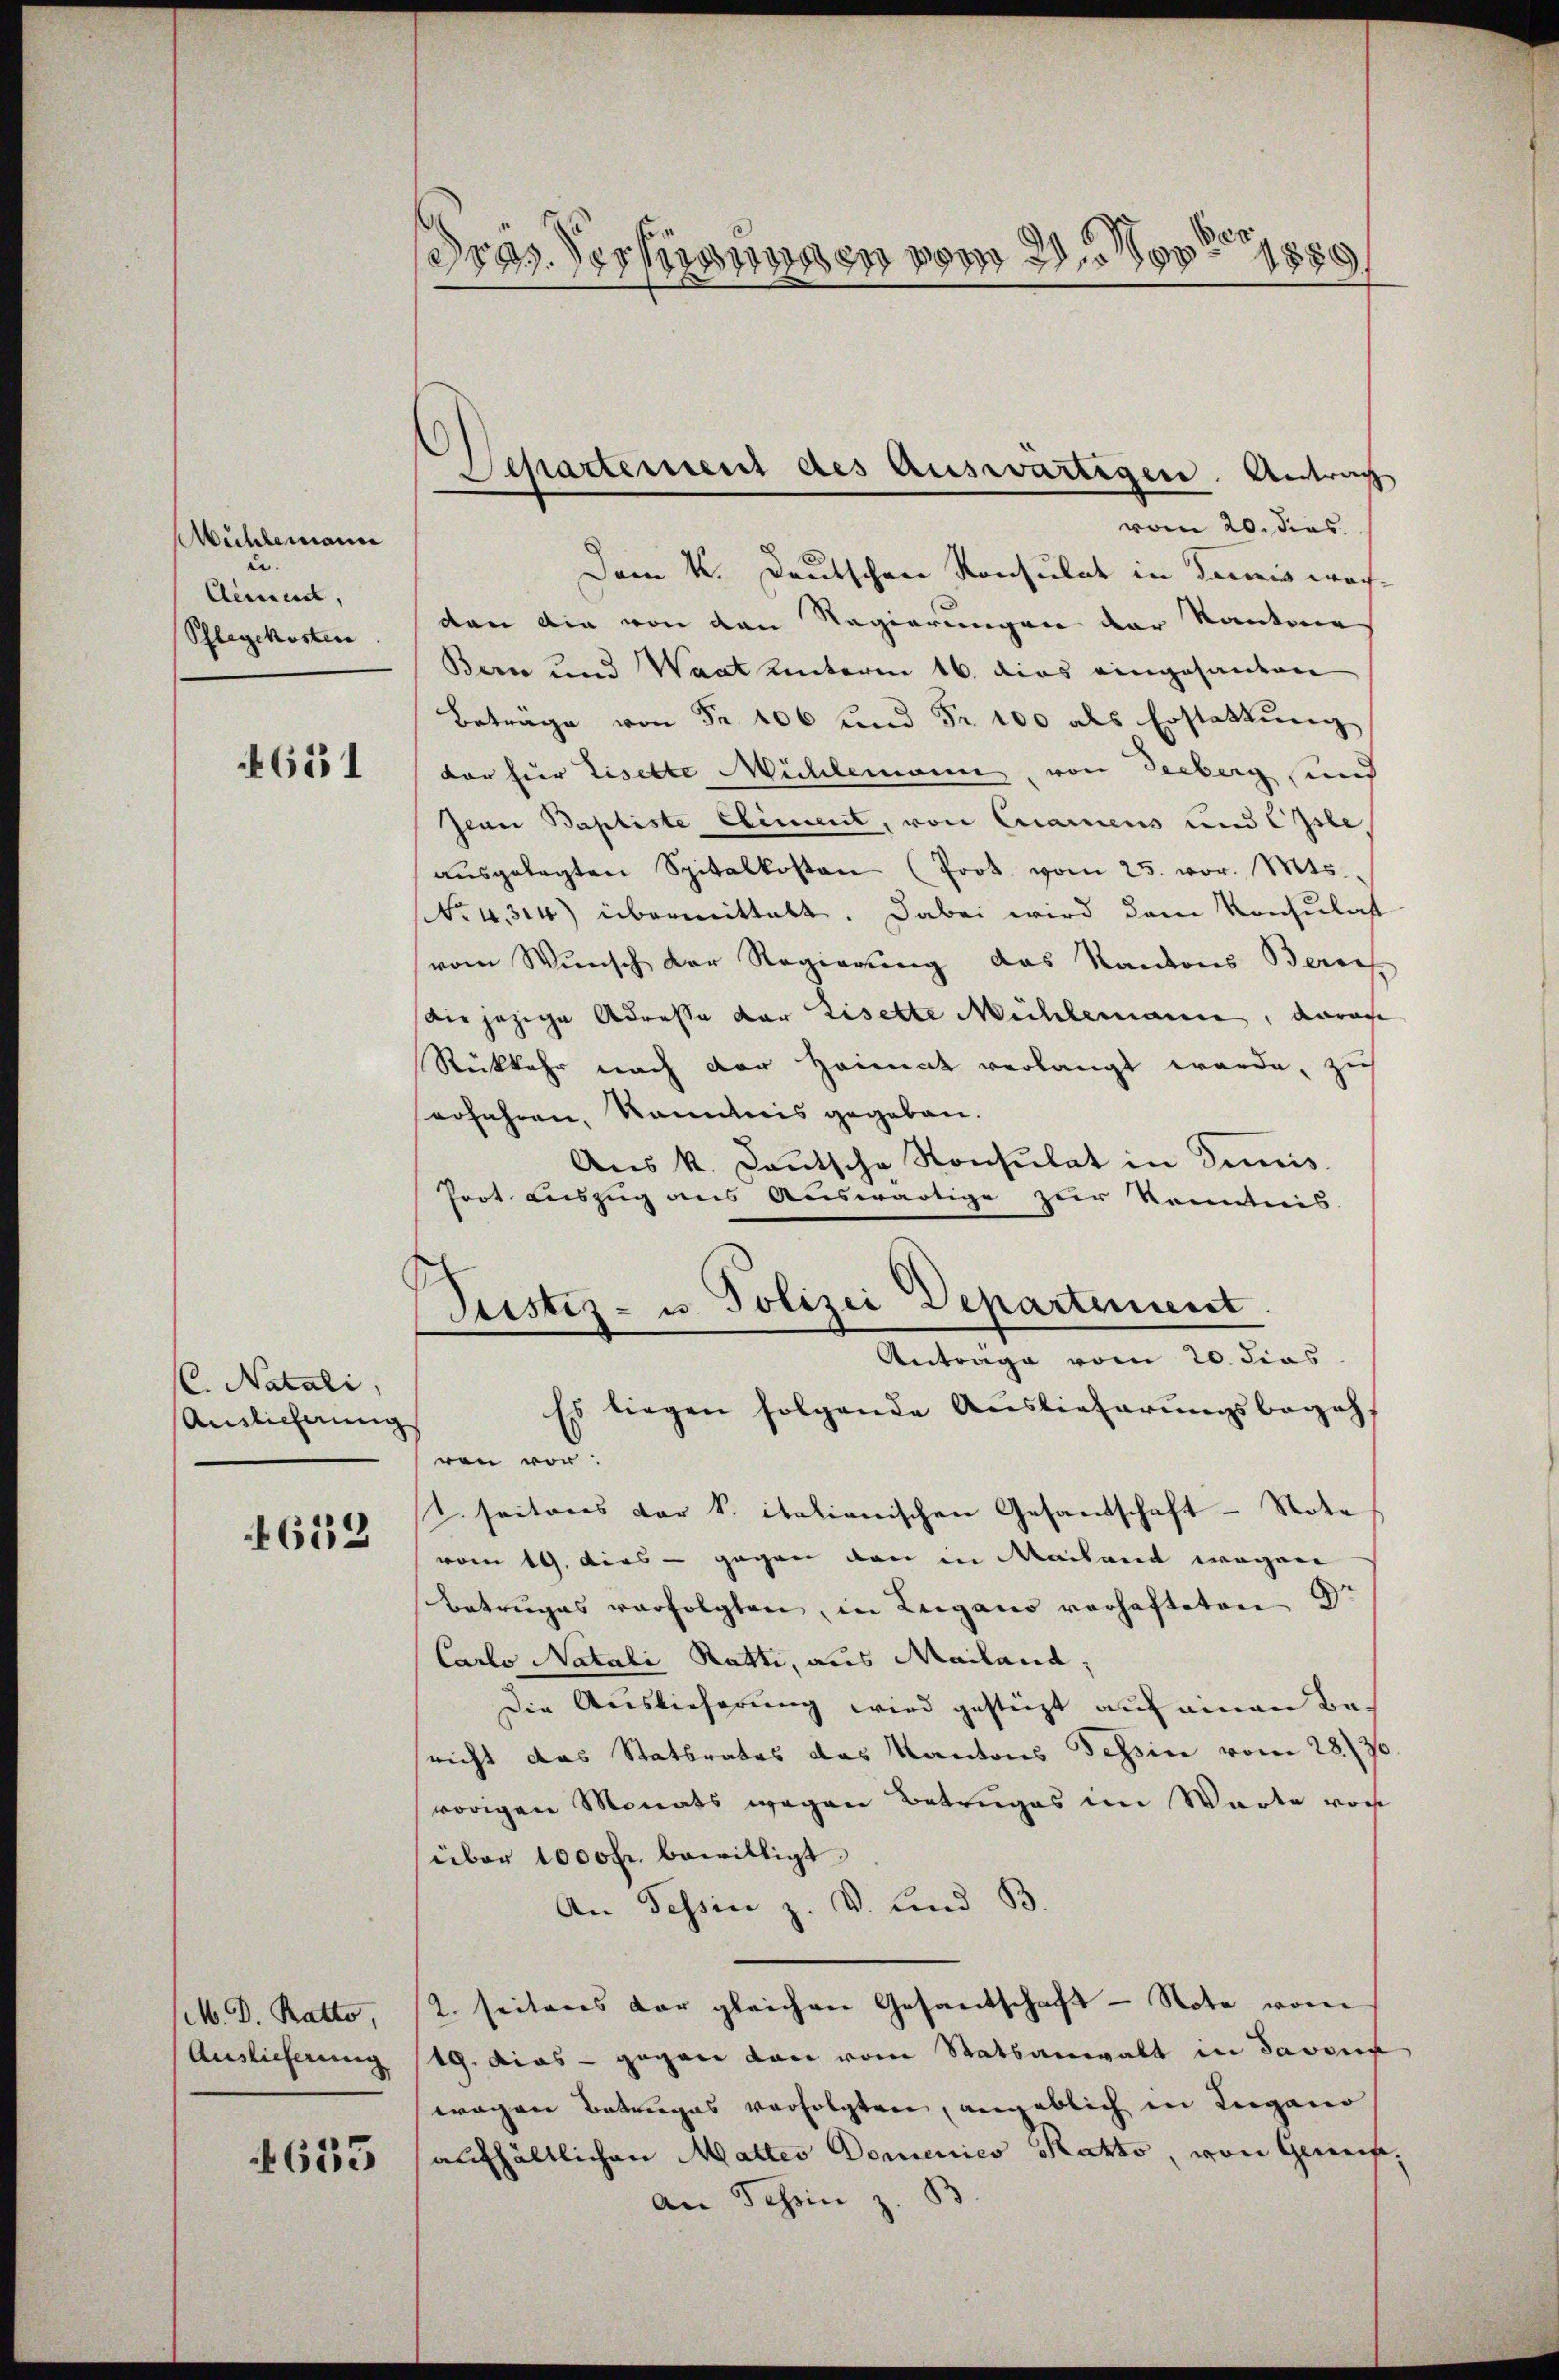
Mühlemann
 |
Cement,
Schlegekosten

651

C. Natali
Auslicherung

4623

M. D. Ratto,
Auslieferung

635

e
d
ras. Versiedenen vom 2. 1889

Separtement des Auswärtigen. Antrag

vom 20. dies
Dem K. Deutschen Konsulat in damit wachven die von den Regierungen der Kantone
Bern und Waat unterm 16. dies eingesanten
  Fr. 6 und Fr. 100 als Erstattung
dar für Liselte Mühlemann, von Seeberg, und
Jean Baptiste Element, von Cramens und Essle
aŭsgelegten Spitalkosten (Prot. vom 25. vor. Mts.,
No. 4314) übermittelt. Dabei wird dem Konsulast
vom Wunsch der Regierung das Kantons Berech
Die jezige Adresse der Liselte Mühlemann, darau
Rückkehr nach der Heimat verlangt werde, zu
erfahren, kanntnis gegeben.
Aŭs k. Lautsche Konsulat in Simis
Prot. Auszug aus Auswärtige zur Kenntnis.
Justiz- u. Polizei Departement.
Antrage vom 20. dies
Es liegen folgende Auslieferungsbegeh
ven vor.
C. seitens der S. italionischen Gesandschaft - Note
vom 19. dies - gegen den in Mailand wegen
Betruges verfolgten, in Lugano vorhafteten d.
Carlo Natali Ratti, aus Mailand,
Die Auslieferung wird gestüzt auf einen Benicht das Statbrates das Kantons Tessin vom 28. 70
vorigen Monats wegen Betruges im Warte von
über 1000fr. bewilligt.
An Tessin z. V. Lind B
2. seiteres der gleichen Gesandtschaft - Note vom
19. Dies - gegen den vom Statsanwalt in davon
wagen Betrages verfolgten, angeblich in Lugano
aufhältlichen Mattes Domenico Ratto, von Geniefe¬
An Schein z. B